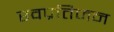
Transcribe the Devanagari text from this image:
स्वप्रतिजन